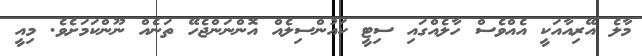
މާލެ އޭރިއާއަކީ އެއްވެސް ހާލެއްގައި ސިޓީ ކައުންސިލެއް އޮންނަންޖެހޭ ތަނެއް ނޫންކަމަށެވެ. މިއީ